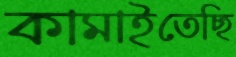
কামাইতেছি